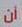
أن